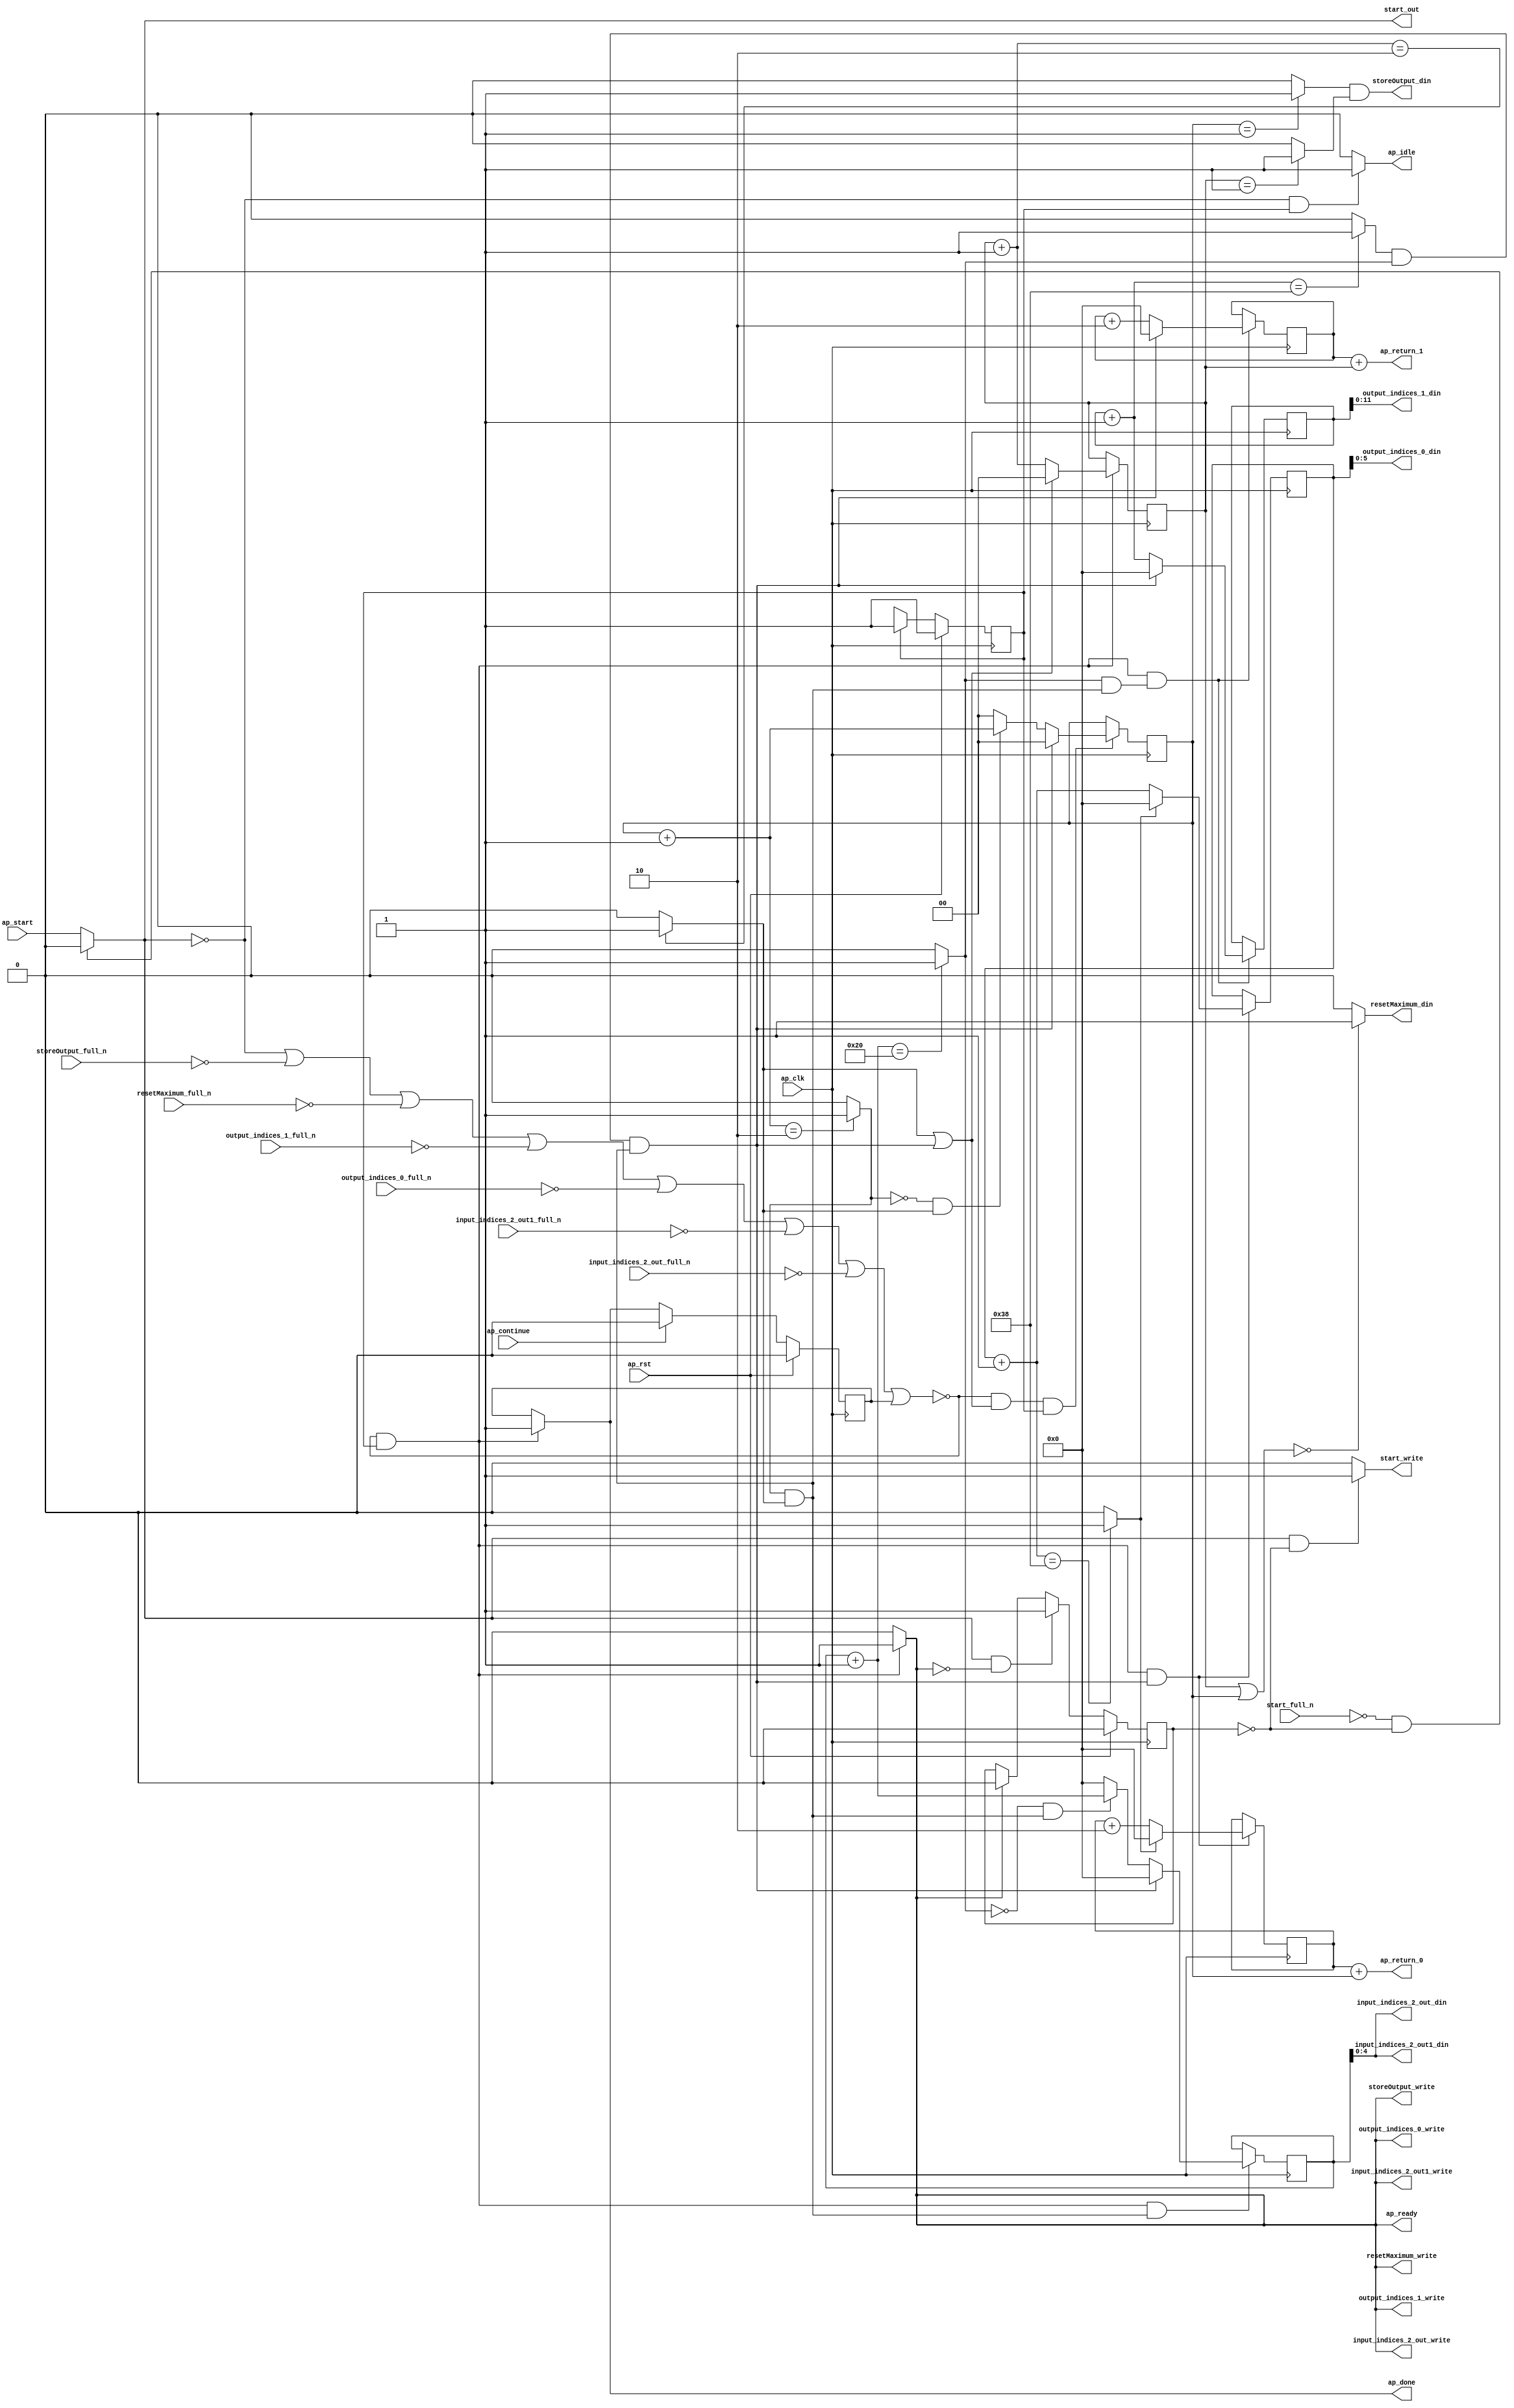
`define EXPONENT 5
`define MANTISSA 10
`define ACTUAL_MANTISSA 11
`define EXPONENT_LSB 10
`define EXPONENT_MSB 14
`define MANTISSA_LSB 0
`define MANTISSA_MSB 9
`define MANTISSA_MUL_SPLIT_LSB 3
`define MANTISSA_MUL_SPLIT_MSB 9
`define SIGN 1
`define SIGN_LOC 15
`define DWIDTH (`SIGN+`EXPONENT+`MANTISSA)
`define IEEE_COMPLIANCE 1

module td_fused_top_tdf2_get_next_ijk (
        ap_clk,
        ap_rst,
        ap_start,
        start_full_n,
        ap_done,
        ap_continue,
        ap_idle,
        ap_ready,
        start_out,
        start_write,
        input_indices_2_out_din,
        input_indices_2_out_full_n,
        input_indices_2_out_write,
        input_indices_2_out1_din,
        input_indices_2_out1_full_n,
        input_indices_2_out1_write,
        output_indices_0_din,
        output_indices_0_full_n,
        output_indices_0_write,
        output_indices_1_din,
        output_indices_1_full_n,
        output_indices_1_write,
        resetMaximum_din,
        resetMaximum_full_n,
        resetMaximum_write,
        storeOutput_din,
        storeOutput_full_n,
        storeOutput_write,
        ap_return_0,
        ap_return_1
);

parameter    ap_ST_fsm_state1 = 1'd1;

input   ap_clk;
input   ap_rst;
input   ap_start;
input   start_full_n;
output   ap_done;
input   ap_continue;
output   ap_idle;
output   ap_ready;
output   start_out;
output   start_write;
output  [4:0] input_indices_2_out_din;
input   input_indices_2_out_full_n;
output   input_indices_2_out_write;
output  [4:0] input_indices_2_out1_din;
input   input_indices_2_out1_full_n;
output   input_indices_2_out1_write;
output  [5:0] output_indices_0_din;
input   output_indices_0_full_n;
output   output_indices_0_write;
output  [11:0] output_indices_1_din;
input   output_indices_1_full_n;
output   output_indices_1_write;
output   resetMaximum_din;
input   resetMaximum_full_n;
output   resetMaximum_write;
output   storeOutput_din;
input   storeOutput_full_n;
output   storeOutput_write;
output  [15:0] ap_return_0;
output  [15:0] ap_return_1;

reg ap_done;
reg ap_idle;
reg start_write;
reg input_indices_2_out_write;
reg input_indices_2_out1_write;
reg output_indices_0_write;
reg output_indices_1_write;
reg resetMaximum_write;
reg storeOutput_write;

reg    real_start;
reg    start_once_reg;
reg    ap_done_reg;
  reg   [0:0] ap_CS_fsm;
wire    ap_CS_fsm_state1;
reg    internal_ap_ready;
reg   [1:0] i_p_2;
reg   [1:0] j_p_2;
reg   [15:0] i_6;
reg   [15:0] j_6;
reg   [15:0] k_6;
reg   [15:0] i_out_2;
reg   [15:0] j_out_2;
reg    input_indices_2_out_blk_n;
reg    input_indices_2_out1_blk_n;
reg    output_indices_0_blk_n;
reg    output_indices_1_blk_n;
reg    resetMaximum_blk_n;
reg    storeOutput_blk_n;
wire   [1:0] select_ln142_fu_338_p3;
reg    ap_block_state1;
wire   [0:0] or_ln142_fu_312_p2;
wire   [1:0] select_ln142_9_fu_346_p3;
wire   [15:0] select_ln147_fu_278_p3;
wire   [0:0] and_ln142_3_fu_306_p2;
wire   [15:0] select_ln142_10_fu_360_p3;
wire   [0:0] and_ln132_fu_354_p2;
wire   [15:0] select_ln142_11_fu_388_p3;
wire   [0:0] and_ln135_fu_294_p2;
wire   [15:0] select_ln147_3_fu_286_p3;
wire   [15:0] select_ln142_12_fu_396_p3;
wire   [4:0] trunc_ln128_fu_182_p1;
wire   [1:0] or_ln124_fu_126_p2;
wire   [0:0] icmp_ln125_fu_139_p2;
wire   [0:0] icmp_ln125_3_fu_145_p2;
wire   [15:0] zext_ln126_fu_114_p1;
wire   [15:0] zext_ln127_fu_122_p1;
wire   [1:0] add_ln131_fu_206_p2;
wire   [1:0] add_ln134_fu_218_p2;
wire   [15:0] add_ln137_fu_230_p2;
wire   [15:0] add_ln141_fu_248_p2;
wire   [15:0] add_ln146_fu_266_p2;
wire   [0:0] icmp_ln147_fu_272_p2;
wire   [15:0] add_ln145_fu_260_p2;
wire   [0:0] icmp_ln132_fu_212_p2;
wire   [0:0] icmp_ln135_fu_224_p2;
wire   [0:0] icmp_ln138_fu_236_p2;
wire   [0:0] icmp_ln142_fu_254_p2;
wire   [0:0] and_ln142_fu_300_p2;
wire   [0:0] xor_ln135_fu_318_p2;
wire   [0:0] and_ln135_3_fu_324_p2;
wire   [1:0] select_ln135_fu_330_p3;
wire   [15:0] add_ln140_fu_242_p2;
wire   [0:0] xor_ln138_fu_368_p2;
wire   [0:0] and_ln138_fu_374_p2;
wire   [15:0] select_ln138_fu_380_p3;
wire   [15:0] add_ln126_fu_162_p2;
wire   [15:0] add_ln127_fu_172_p2;
reg   [0:0] ap_NS_fsm;
wire    ap_ce_reg;

// power-on initialization
initial begin
#0 start_once_reg = 1'b0;
#0 ap_done_reg = 1'b0;
#0 ap_CS_fsm = 1'd1;
#0 i_p_2 = 2'd0;
#0 j_p_2 = 2'd0;
#0 i_6 = 16'd0;
#0 j_6 = 16'd0;
#0 k_6 = 16'd0;
#0 i_out_2 = 16'd0;
#0 j_out_2 = 16'd0;
end

always @ (posedge ap_clk) begin
    if (ap_rst == 1'b1) begin
        ap_CS_fsm <= ap_ST_fsm_state1;
    end else begin
        ap_CS_fsm <= ap_NS_fsm;
    end
end

always @ (posedge ap_clk) begin
    if (ap_rst == 1'b1) begin
        ap_done_reg <= 1'b0;
    end else begin
        if ((ap_continue == 1'b1)) begin
            ap_done_reg <= 1'b0;
        end else if ((~((real_start == 1'b0) | (storeOutput_full_n == 1'b0) | (resetMaximum_full_n == 1'b0) | (output_indices_1_full_n == 1'b0) | (output_indices_0_full_n == 1'b0) | (input_indices_2_out1_full_n == 1'b0) | (input_indices_2_out_full_n == 1'b0) | (ap_done_reg == 1'b1)) & (1'b1 == ap_CS_fsm_state1))) begin
            ap_done_reg <= 1'b1;
        end
    end
end

always @ (posedge ap_clk) begin
    if (ap_rst == 1'b1) begin
        start_once_reg <= 1'b0;
    end else begin
        if (((real_start == 1'b1) & (internal_ap_ready == 1'b0))) begin
            start_once_reg <= 1'b1;
        end else if ((internal_ap_ready == 1'b1)) begin
            start_once_reg <= 1'b0;
        end
    end
end

always @ (posedge ap_clk) begin
    if ((~((real_start == 1'b0) | (storeOutput_full_n == 1'b0) | (resetMaximum_full_n == 1'b0) | (output_indices_1_full_n == 1'b0) | (output_indices_0_full_n == 1'b0) | (input_indices_2_out1_full_n == 1'b0) | (input_indices_2_out_full_n == 1'b0) | (ap_done_reg == 1'b1)) & (1'b1 == ap_CS_fsm_state1) & (1'd1 == and_ln142_3_fu_306_p2))) begin
        i_6 <= select_ln147_fu_278_p3;
        i_out_2 <= select_ln147_3_fu_286_p3;
    end
end

always @ (posedge ap_clk) begin
    if ((~((real_start == 1'b0) | (storeOutput_full_n == 1'b0) | (resetMaximum_full_n == 1'b0) | (output_indices_1_full_n == 1'b0) | (output_indices_0_full_n == 1'b0) | (input_indices_2_out1_full_n == 1'b0) | (input_indices_2_out_full_n == 1'b0) | (ap_done_reg == 1'b1)) & (or_ln142_fu_312_p2 == 1'd1) & (1'b1 == ap_CS_fsm_state1))) begin
        i_p_2 <= select_ln142_fu_338_p3;
    end
end

always @ (posedge ap_clk) begin
    if ((~((real_start == 1'b0) | (storeOutput_full_n == 1'b0) | (resetMaximum_full_n == 1'b0) | (output_indices_1_full_n == 1'b0) | (output_indices_0_full_n == 1'b0) | (input_indices_2_out1_full_n == 1'b0) | (input_indices_2_out_full_n == 1'b0) | (ap_done_reg == 1'b1)) & (1'b1 == ap_CS_fsm_state1) & (1'd1 == and_ln132_fu_354_p2))) begin
        j_6 <= select_ln142_10_fu_360_p3;
        j_out_2 <= select_ln142_12_fu_396_p3;
    end
end

always @ (posedge ap_clk) begin
    if ((~((real_start == 1'b0) | (storeOutput_full_n == 1'b0) | (resetMaximum_full_n == 1'b0) | (output_indices_1_full_n == 1'b0) | (output_indices_0_full_n == 1'b0) | (input_indices_2_out1_full_n == 1'b0) | (input_indices_2_out_full_n == 1'b0) | (ap_done_reg == 1'b1)) & (1'b1 == ap_CS_fsm_state1))) begin
        j_p_2 <= select_ln142_9_fu_346_p3;
    end
end

always @ (posedge ap_clk) begin
    if ((~((real_start == 1'b0) | (storeOutput_full_n == 1'b0) | (resetMaximum_full_n == 1'b0) | (output_indices_1_full_n == 1'b0) | (output_indices_0_full_n == 1'b0) | (input_indices_2_out1_full_n == 1'b0) | (input_indices_2_out_full_n == 1'b0) | (ap_done_reg == 1'b1)) & (1'b1 == ap_CS_fsm_state1) & (1'd1 == and_ln135_fu_294_p2))) begin
        k_6 <= select_ln142_11_fu_388_p3;
    end
end

always @ (*) begin
    if ((~((real_start == 1'b0) | (storeOutput_full_n == 1'b0) | (resetMaximum_full_n == 1'b0) | (output_indices_1_full_n == 1'b0) | (output_indices_0_full_n == 1'b0) | (input_indices_2_out1_full_n == 1'b0) | (input_indices_2_out_full_n == 1'b0) | (ap_done_reg == 1'b1)) & (1'b1 == ap_CS_fsm_state1))) begin
        ap_done = 1'b1;
    end else begin
        ap_done = ap_done_reg;
    end
end

always @ (*) begin
    if (((real_start == 1'b0) & (1'b1 == ap_CS_fsm_state1))) begin
        ap_idle = 1'b1;
    end else begin
        ap_idle = 1'b0;
    end
end

always @ (*) begin
    if ((~((real_start == 1'b0) | (ap_done_reg == 1'b1)) & (1'b1 == ap_CS_fsm_state1))) begin
        input_indices_2_out1_blk_n = input_indices_2_out1_full_n;
    end else begin
        input_indices_2_out1_blk_n = 1'b1;
    end
end

always @ (*) begin
    if ((~((real_start == 1'b0) | (storeOutput_full_n == 1'b0) | (resetMaximum_full_n == 1'b0) | (output_indices_1_full_n == 1'b0) | (output_indices_0_full_n == 1'b0) | (input_indices_2_out1_full_n == 1'b0) | (input_indices_2_out_full_n == 1'b0) | (ap_done_reg == 1'b1)) & (1'b1 == ap_CS_fsm_state1))) begin
        input_indices_2_out1_write = 1'b1;
    end else begin
        input_indices_2_out1_write = 1'b0;
    end
end

always @ (*) begin
    if ((~((real_start == 1'b0) | (ap_done_reg == 1'b1)) & (1'b1 == ap_CS_fsm_state1))) begin
        input_indices_2_out_blk_n = input_indices_2_out_full_n;
    end else begin
        input_indices_2_out_blk_n = 1'b1;
    end
end

always @ (*) begin
    if ((~((real_start == 1'b0) | (storeOutput_full_n == 1'b0) | (resetMaximum_full_n == 1'b0) | (output_indices_1_full_n == 1'b0) | (output_indices_0_full_n == 1'b0) | (input_indices_2_out1_full_n == 1'b0) | (input_indices_2_out_full_n == 1'b0) | (ap_done_reg == 1'b1)) & (1'b1 == ap_CS_fsm_state1))) begin
        input_indices_2_out_write = 1'b1;
    end else begin
        input_indices_2_out_write = 1'b0;
    end
end

always @ (*) begin
    if ((~((real_start == 1'b0) | (storeOutput_full_n == 1'b0) | (resetMaximum_full_n == 1'b0) | (output_indices_1_full_n == 1'b0) | (output_indices_0_full_n == 1'b0) | (input_indices_2_out1_full_n == 1'b0) | (input_indices_2_out_full_n == 1'b0) | (ap_done_reg == 1'b1)) & (1'b1 == ap_CS_fsm_state1))) begin
        internal_ap_ready = 1'b1;
    end else begin
        internal_ap_ready = 1'b0;
    end
end

always @ (*) begin
    if ((~((real_start == 1'b0) | (ap_done_reg == 1'b1)) & (1'b1 == ap_CS_fsm_state1))) begin
        output_indices_0_blk_n = output_indices_0_full_n;
    end else begin
        output_indices_0_blk_n = 1'b1;
    end
end

always @ (*) begin
    if ((~((real_start == 1'b0) | (storeOutput_full_n == 1'b0) | (resetMaximum_full_n == 1'b0) | (output_indices_1_full_n == 1'b0) | (output_indices_0_full_n == 1'b0) | (input_indices_2_out1_full_n == 1'b0) | (input_indices_2_out_full_n == 1'b0) | (ap_done_reg == 1'b1)) & (1'b1 == ap_CS_fsm_state1))) begin
        output_indices_0_write = 1'b1;
    end else begin
        output_indices_0_write = 1'b0;
    end
end

always @ (*) begin
    if ((~((real_start == 1'b0) | (ap_done_reg == 1'b1)) & (1'b1 == ap_CS_fsm_state1))) begin
        output_indices_1_blk_n = output_indices_1_full_n;
    end else begin
        output_indices_1_blk_n = 1'b1;
    end
end

always @ (*) begin
    if ((~((real_start == 1'b0) | (storeOutput_full_n == 1'b0) | (resetMaximum_full_n == 1'b0) | (output_indices_1_full_n == 1'b0) | (output_indices_0_full_n == 1'b0) | (input_indices_2_out1_full_n == 1'b0) | (input_indices_2_out_full_n == 1'b0) | (ap_done_reg == 1'b1)) & (1'b1 == ap_CS_fsm_state1))) begin
        output_indices_1_write = 1'b1;
    end else begin
        output_indices_1_write = 1'b0;
    end
end

always @ (*) begin
    if (((start_full_n == 1'b0) & (start_once_reg == 1'b0))) begin
        real_start = 1'b0;
    end else begin
        real_start = ap_start;
    end
end

always @ (*) begin
    if ((~((real_start == 1'b0) | (ap_done_reg == 1'b1)) & (1'b1 == ap_CS_fsm_state1))) begin
        resetMaximum_blk_n = resetMaximum_full_n;
    end else begin
        resetMaximum_blk_n = 1'b1;
    end
end

always @ (*) begin
    if ((~((real_start == 1'b0) | (storeOutput_full_n == 1'b0) | (resetMaximum_full_n == 1'b0) | (output_indices_1_full_n == 1'b0) | (output_indices_0_full_n == 1'b0) | (input_indices_2_out1_full_n == 1'b0) | (input_indices_2_out_full_n == 1'b0) | (ap_done_reg == 1'b1)) & (1'b1 == ap_CS_fsm_state1))) begin
        resetMaximum_write = 1'b1;
    end else begin
        resetMaximum_write = 1'b0;
    end
end

always @ (*) begin
    if (((real_start == 1'b1) & (start_once_reg == 1'b0))) begin
        start_write = 1'b1;
    end else begin
        start_write = 1'b0;
    end
end

always @ (*) begin
    if ((~((real_start == 1'b0) | (ap_done_reg == 1'b1)) & (1'b1 == ap_CS_fsm_state1))) begin
        storeOutput_blk_n = storeOutput_full_n;
    end else begin
        storeOutput_blk_n = 1'b1;
    end
end

always @ (*) begin
    if ((~((real_start == 1'b0) | (storeOutput_full_n == 1'b0) | (resetMaximum_full_n == 1'b0) | (output_indices_1_full_n == 1'b0) | (output_indices_0_full_n == 1'b0) | (input_indices_2_out1_full_n == 1'b0) | (input_indices_2_out_full_n == 1'b0) | (ap_done_reg == 1'b1)) & (1'b1 == ap_CS_fsm_state1))) begin
        storeOutput_write = 1'b1;
    end else begin
        storeOutput_write = 1'b0;
    end
end

always @ (*) begin
    case (ap_CS_fsm)
        ap_ST_fsm_state1 : begin
            ap_NS_fsm = ap_ST_fsm_state1;
        end
        default : begin
            ap_NS_fsm = 'bx;
        end
    endcase
end

assign add_ln126_fu_162_p2 = (i_6 + zext_ln126_fu_114_p1);

assign add_ln127_fu_172_p2 = (j_6 + zext_ln127_fu_122_p1);

assign add_ln131_fu_206_p2 = (j_p_2 + 2'd1);

assign add_ln134_fu_218_p2 = (i_p_2 + 2'd1);

assign add_ln137_fu_230_p2 = (k_6 + 16'd1);

assign add_ln140_fu_242_p2 = (j_6 + 16'd2);

assign add_ln141_fu_248_p2 = (j_out_2 + 16'd1);

assign add_ln145_fu_260_p2 = (i_6 + 16'd2);

assign add_ln146_fu_266_p2 = (i_out_2 + 16'd1);

assign and_ln132_fu_354_p2 = (icmp_ln138_fu_236_p2 & and_ln135_fu_294_p2);

assign and_ln135_3_fu_324_p2 = (xor_ln135_fu_318_p2 & icmp_ln132_fu_212_p2);

assign and_ln135_fu_294_p2 = (icmp_ln135_fu_224_p2 & icmp_ln132_fu_212_p2);

assign and_ln138_fu_374_p2 = (xor_ln138_fu_368_p2 & and_ln135_fu_294_p2);

assign and_ln142_3_fu_306_p2 = (and_ln142_fu_300_p2 & and_ln135_fu_294_p2);

assign and_ln142_fu_300_p2 = (icmp_ln142_fu_254_p2 & icmp_ln138_fu_236_p2);

assign ap_CS_fsm_state1 = ap_CS_fsm[32'd0];

always @ (*) begin
    ap_block_state1 = ((real_start == 1'b0) | (storeOutput_full_n == 1'b0) | (resetMaximum_full_n == 1'b0) | (output_indices_1_full_n == 1'b0) | (output_indices_0_full_n == 1'b0) | (input_indices_2_out1_full_n == 1'b0) | (input_indices_2_out_full_n == 1'b0) | (ap_done_reg == 1'b1));
end

assign ap_ready = internal_ap_ready;

assign ap_return_0 = add_ln126_fu_162_p2;

assign ap_return_1 = add_ln127_fu_172_p2;

assign icmp_ln125_3_fu_145_p2 = ((j_p_2 == 2'd1) ? 1'b1 : 1'b0);

assign icmp_ln125_fu_139_p2 = ((i_p_2 == 2'd1) ? 1'b1 : 1'b0);

assign icmp_ln132_fu_212_p2 = ((add_ln131_fu_206_p2 == 2'd2) ? 1'b1 : 1'b0);

assign icmp_ln135_fu_224_p2 = ((add_ln134_fu_218_p2 == 2'd2) ? 1'b1 : 1'b0);

assign icmp_ln138_fu_236_p2 = ((add_ln137_fu_230_p2 == 16'd32) ? 1'b1 : 1'b0);

assign icmp_ln142_fu_254_p2 = ((add_ln141_fu_248_p2 == 16'd56) ? 1'b1 : 1'b0);

assign icmp_ln147_fu_272_p2 = ((add_ln146_fu_266_p2 == 16'd56) ? 1'b1 : 1'b0);

assign input_indices_2_out1_din = trunc_ln128_fu_182_p1;

assign input_indices_2_out_din = trunc_ln128_fu_182_p1;

assign or_ln124_fu_126_p2 = (j_p_2 | i_p_2);

assign or_ln142_fu_312_p2 = (icmp_ln132_fu_212_p2 | and_ln142_3_fu_306_p2);

assign output_indices_0_din = i_out_2[5:0];

assign output_indices_1_din = j_out_2[11:0];

assign resetMaximum_din = ((or_ln124_fu_126_p2 == 2'd0) ? 1'b1 : 1'b0);

assign select_ln135_fu_330_p3 = ((and_ln135_3_fu_324_p2[0:0] == 1'b1) ? add_ln134_fu_218_p2 : 2'd0);

assign select_ln138_fu_380_p3 = ((and_ln138_fu_374_p2[0:0] == 1'b1) ? add_ln137_fu_230_p2 : 16'd0);

assign select_ln142_10_fu_360_p3 = ((and_ln142_3_fu_306_p2[0:0] == 1'b1) ? 16'd0 : add_ln140_fu_242_p2);

assign select_ln142_11_fu_388_p3 = ((and_ln142_3_fu_306_p2[0:0] == 1'b1) ? 16'd0 : select_ln138_fu_380_p3);

assign select_ln142_12_fu_396_p3 = ((and_ln142_3_fu_306_p2[0:0] == 1'b1) ? 16'd0 : add_ln141_fu_248_p2);

assign select_ln142_9_fu_346_p3 = ((or_ln142_fu_312_p2[0:0] == 1'b1) ? 2'd0 : add_ln131_fu_206_p2);

assign select_ln142_fu_338_p3 = ((and_ln142_3_fu_306_p2[0:0] == 1'b1) ? 2'd0 : select_ln135_fu_330_p3);

assign select_ln147_3_fu_286_p3 = ((icmp_ln147_fu_272_p2[0:0] == 1'b1) ? 16'd0 : add_ln146_fu_266_p2);

assign select_ln147_fu_278_p3 = ((icmp_ln147_fu_272_p2[0:0] == 1'b1) ? 16'd0 : add_ln145_fu_260_p2);

assign start_out = real_start;

assign storeOutput_din = (icmp_ln125_fu_139_p2 & icmp_ln125_3_fu_145_p2);

assign trunc_ln128_fu_182_p1 = k_6[4:0];

assign xor_ln135_fu_318_p2 = (icmp_ln135_fu_224_p2 ^ 1'd1);

assign xor_ln138_fu_368_p2 = (icmp_ln138_fu_236_p2 ^ 1'd1);

assign zext_ln126_fu_114_p1 = i_p_2;

assign zext_ln127_fu_122_p1 = j_p_2;

endmodule //td_fused_top_tdf2_get_next_ijk